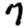
Digit: 7